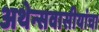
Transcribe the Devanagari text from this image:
अथेन्सवासीयांचा